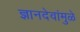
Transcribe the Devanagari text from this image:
ज्ञानदेवांमुळे